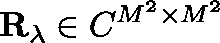
\mathbf { R _ { \lambda } } \in \mathbb { C } ^ { M ^ { 2 } \times M ^ { 2 } }